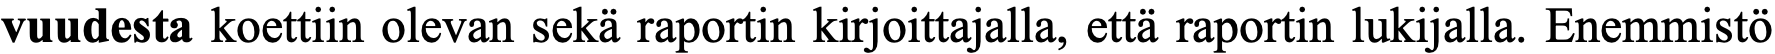
vuudesta koettiin olevan sekä raportin kirjoittajalla, että raportin lukijalla. Enemmistö